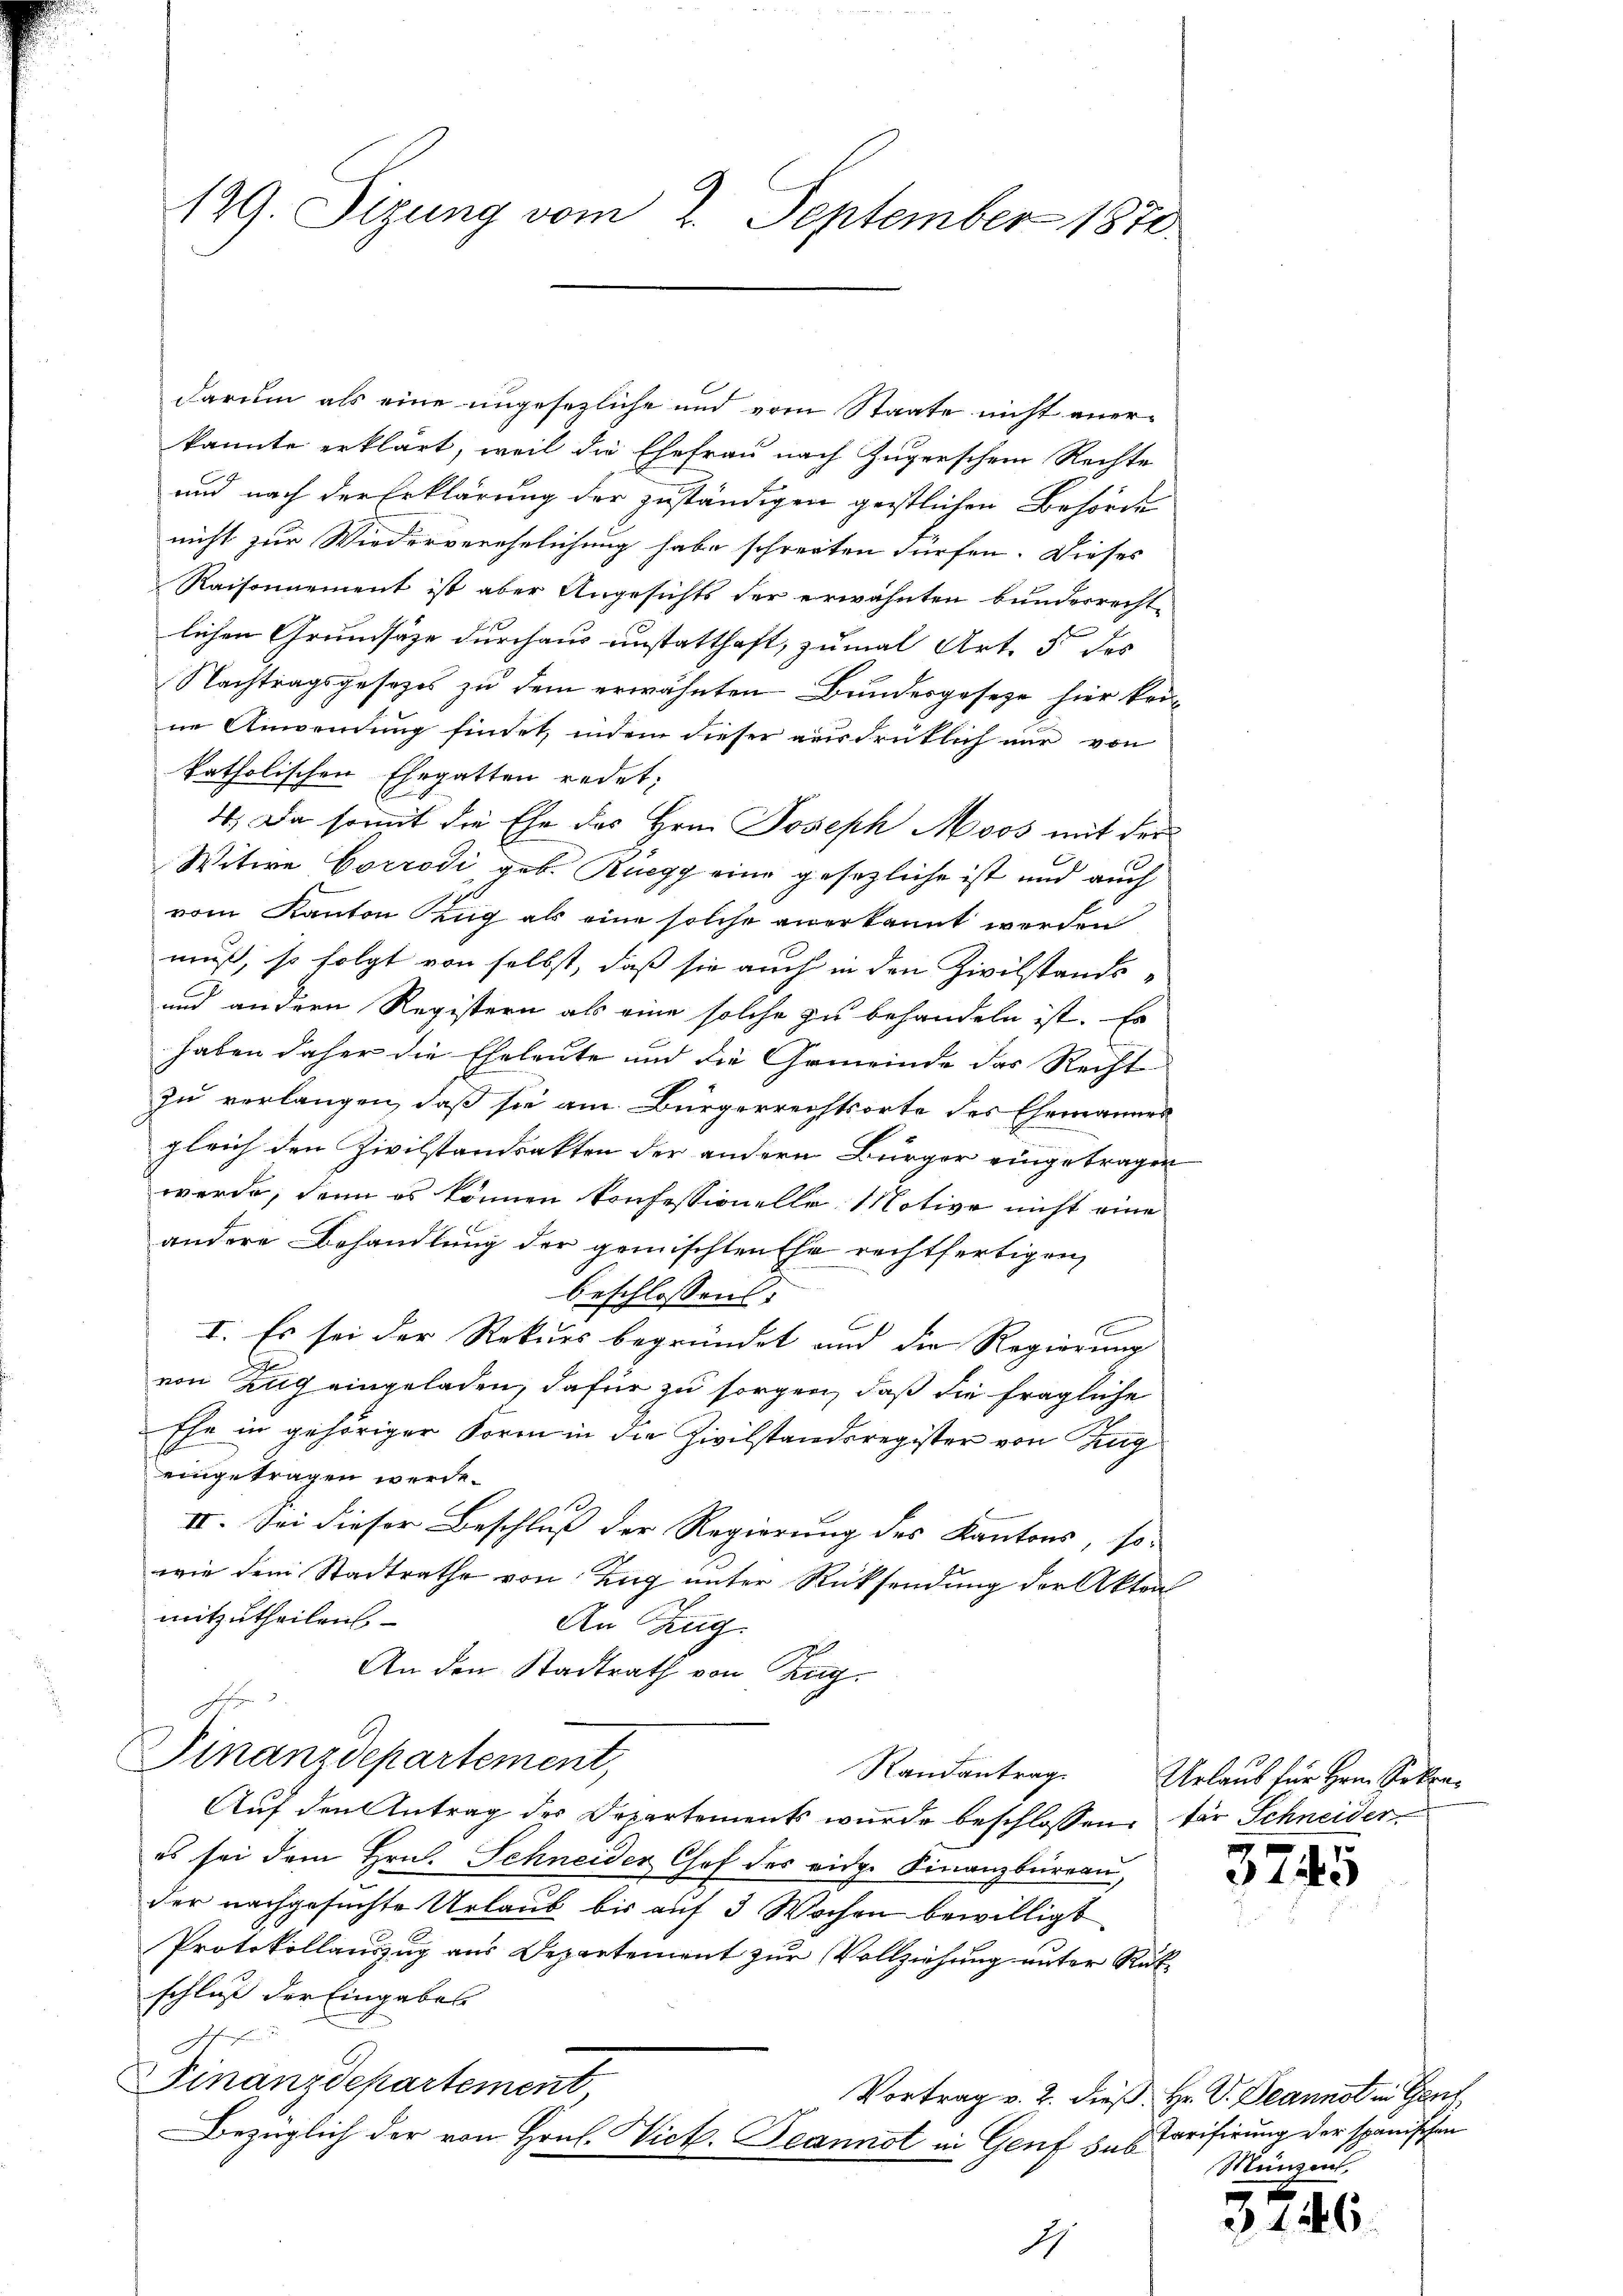
129. Sizung vom 2. September 1870

darum als eine ungesezliche und vom Staate nicht anerkannte erklärt, weil die Ehefrau nach Zugerschein Rechte
und nach der Erklärung der zuständigen geistlichen Behörde
nicht zur Wiederverehrlichung habe schreiten dürfen. Dieses
Raisonnement ist aber Angesichts der erwähnten bunderrechte
lichen Grundsätze durchaus unstatthaft, zumal Art. 5 des
Nachtragsgesezes zu dem erwähnten Bundesgesetze hier kei-
ne Anwendung findet, indem dieser ausdrüklich nur von
katholischen Ehegatten redet;
4., Da somit die Ehe des Hrn. Joseph Moos mit der
Witwe Corrodi geb. Rüegg eine gesezliche ist und auch
vom Kanton Krug als eine solche anerkannt werden
muß, so folgt von selbst, daß sie auch in den Zivilstands-
und andern Registern als eine solche zu behandeln ist. Es
haben daher die Eheleute und die Gemeinde das Recht
zu verlangen, daß sie am Bürgerrechtsorte des Ehemannes
gleich den Zivilstandsakten der andern Bürger eingetragen
werde, denn es können konfessionelle Motive nicht eine
andere Behandlung der gemischten Ehe rechtfertigen
beschlossen:
I. Es sei der Rekurs begründet und die Regierung
von Zug eingeladen, dafür zu sorgen, daß die fragliche
Ehe in gehöriger Form in die Zivilstandsregister von Zing
eingetragen werde.
II. Sei dieser Beschluß der Regierung des Kantons, so-
wie dem Stadtrathe von Zug unter Rücksendung der Akten
mitzutheilen.
An Zug
An den Stadtrath von Zug.
Finanzdepartement,
Auf den Antrag des Departements wurde beschlossen, für Schneider
es sei dem Hrn. Schneider Chef des eidg. Finanzbüreau,
der nachgesuchte Urlaub bis auf 3 Wochen bewilligt
Protokollauszug aus Departement zur Vollziehung unter Rükschluß der Eingabes
Finanzdepartement
Vortrag v. 2. dieß Hr. V. Deannst in Gen
Bezüglich der von Hrn. Vict. Peannst in Genf sub

S

Randantrag. Urlaub für Hrn. Sekre¬

3745

Tarifirung der spanischen
Münzen

1246.